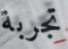
تجربة